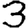
Digit: 3